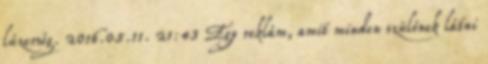
lúzerség. 2016.05.11. 21:43 Egy reklám, amit minden szülőnek látni